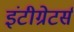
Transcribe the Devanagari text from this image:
इंटीग्रेटर्स